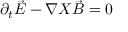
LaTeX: { \partial } _ { t } \vec { E } - { \nabla } X \vec { B } = 0